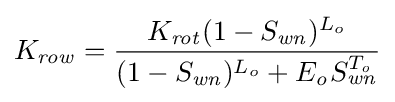
K_{\mathit {row}}={\frac {K_{\mathit {rot}}(1-S_{\mathit {wn}})^{L_{o}}}{{(1-S_{\mathit {wn}})^{L_{o}}}+{E_{\mathit {o}}}S_{\mathit {wn}}^{T_{\mathit {o}}}}}